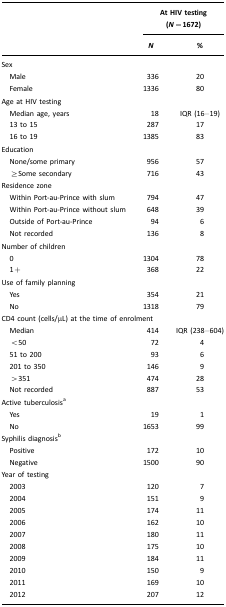
|  | <COLSPAN=2> At HIV testing (N=1672) |
 |  | N | % |
 | --- | --- | --- |
 | <COLSPAN=3> Sex |
 | Male | 336 | 20 |
 | Female | 1336 | 80 |
 | <COLSPAN=3> Age at HIV testing |
 | Median age, years | 18 | IQR (16–19) |
 | 13 to 15 | 287 | 17 |
 | 16 to 19 | 1385 | 83 |
 | <COLSPAN=3> Education |
 | None/some primary | 956 | 57 |
 | ≥Some secondary | 716 | 43 |
 | <COLSPAN=3> Residence zone |
 | Within Port-au-Prince with slum | 794 | 47 |
 | Within Port-au-Prince without slum | 648 | 39 |
 | Outside of Port-au-Prince | 94 | 6 |
 | Not recorded | 136 | 8 |
 | <COLSPAN=3> Number of children |
 | 0 | 1304 | 78 |
 | 1+ | 368 | 22 |
 | <COLSPAN=3> Use of family planning |
 | Yes | 354 | 21 |
 | No | 1318 | 79 |
 | <COLSPAN=3> CD4 count (cells/μL) at the time of enrolment |
 | Median | 414 | IQR (238–604) |
 | <50 | 72 | 4 |
 | 51 to 200 | 93 | 6 |
 | 201 to 350 | 146 | 9 |
 | >351 | 474 | 28 |
 | Not recorded | 887 | 53 |
 | <COLSPAN=3> Active tuberculosisa |
 | Yes | 19 | 1 |
 | No | 1653 | 99 |
 | <COLSPAN=3> Syphilis diagnosisb |
 | Positive | 172 | 10 |
 | Negative | 1500 | 90 |
 | <COLSPAN=3> Year of testing |
 | 2003 | 120 | 7 |
 | 2004 | 151 | 9 |
 | 2005 | 174 | 11 |
 | 2006 | 162 | 10 |
 | 2007 | 180 | 11 |
 | 2008 | 175 | 10 |
 | 2009 | 184 | 11 |
 | 2010 | 150 | 9 |
 | 2011 | 169 | 10 |
 | 2012 | 207 | 12 |